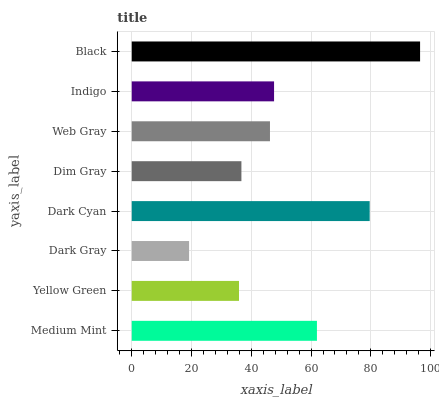
| yaxis_label | bars |
 | --- | --- |
 | Medium Mint | 62 |
 | Yellow Green | 35.9 |
 | Dark Gray | 19.2 |
 | Dark Cyan | 79.6 |
 | Dim Gray | 36.7 |
 | Web Gray | 46.3 |
 | Indigo | 47.6 |
 | Black | 96.5 |